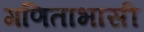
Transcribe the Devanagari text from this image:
गणिताभासी